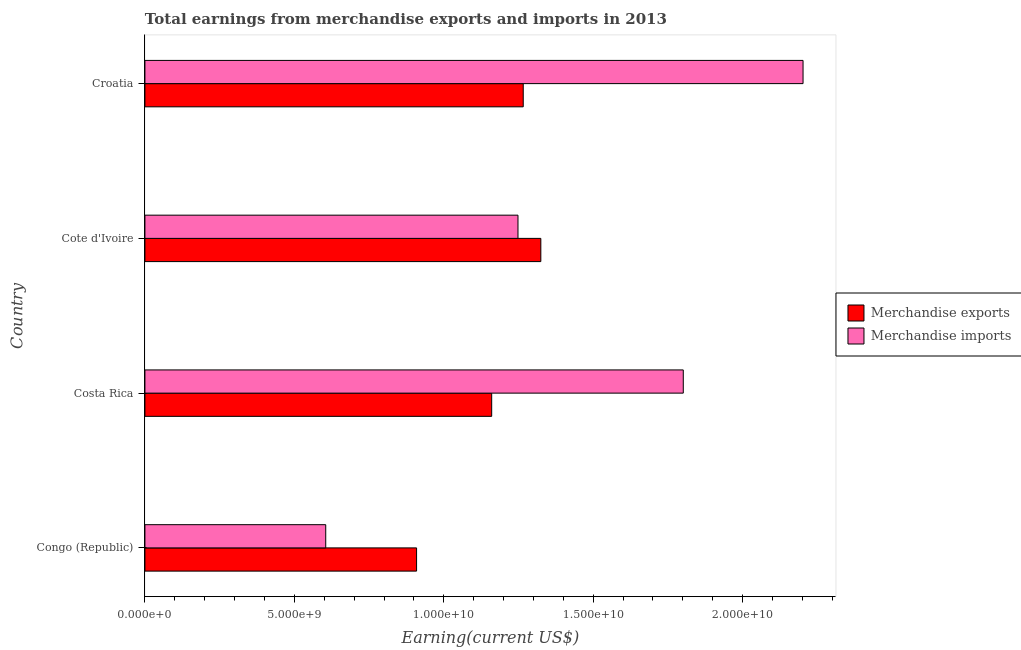
| Country | Merchandise exports | Merchandise imports |
 | --- | --- | --- |
 | Congo (Republic) | 9.09e+09 | 6.05e+09 |
 | Costa Rica | 1.16e+10 | 1.8e+10 |
 | Cote d'Ivoire | 1.32e+10 | 1.25e+10 |
 | Croatia | 1.27e+10 | 2.2e+10 |